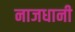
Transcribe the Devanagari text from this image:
नाजधानी